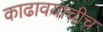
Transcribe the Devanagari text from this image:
काढावयाचीच